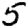
Digit: 5